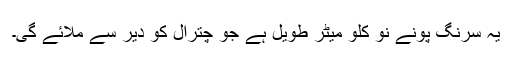
یہ سرنگ پونے نو کلو میٹر طویل ہے جو چترال کو دیر سے ملائے گی۔